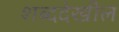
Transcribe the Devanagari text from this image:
शब्ददेखील